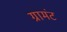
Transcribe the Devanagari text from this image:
ग्रामंट